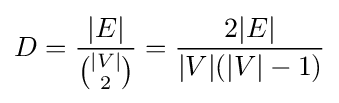
D={\frac {|E|}{\binom {|V|}{2}}}={\frac {2|E|}{|V|(|V|-1)}}